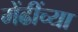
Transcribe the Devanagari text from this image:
मेंढींच्या